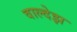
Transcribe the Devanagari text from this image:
वाल्देझ